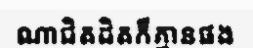
ណាជិតដិតក៏គ្មានផង